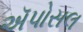
ઍપોસલ